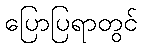
ပြောပြရာတွင်